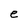
Character: e